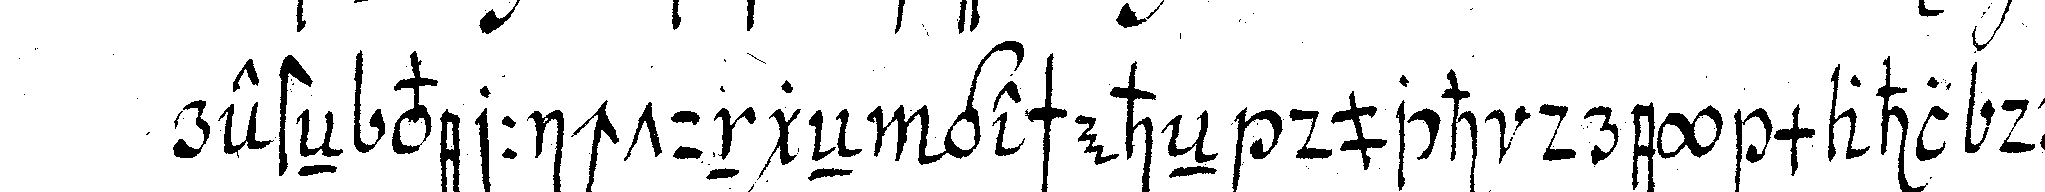
resteN verrichtungeN gescheheN duch drey mahl drey